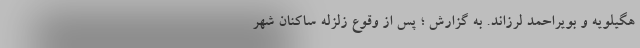
هگیلویه و بویراحمد لرزاند. به گزارش ؛ پس از وقوع زلزله ساکنان شهر